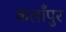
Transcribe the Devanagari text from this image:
कलाँपुर